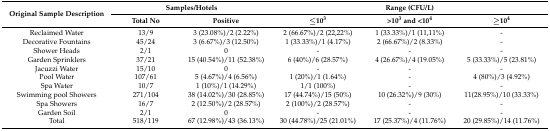
| <ROWSPAN=2> Original Sample Description | <COLSPAN=2> Samples/Hotels | <COLSPAN=3> Range (CFU/L) |
 | Total No | Positive | ≤103 | >103 and <104 | ≥104 |
 | --- | --- | --- | --- | --- | --- |
 | Reclaimed Water | 13/9 | 3 (23.08%)/2 (2.22%) | 2 (66.67%)/2 (22,22%) | 1 (33.33%)/1 (11,11%) | - |
 | Decorative Fountains | 45/24 | 3 (6.67%)/3 (12.50%) | 1 (33.33%)/1 (4.17%) | 2 (66.67%)/2 (8.33%) | - |
 | Shower Heads | 2/1 | 0 | - | - | - |
 | Garden Sprinklers | 37/21 | 15 (40.54%)/11 (52.38%) | 6 (40%)/6 (28.57%) | 4 (26.67%)/4 (19.05%) | 5 (33.33%)/5 (23.81%) |
 | Jacuzzi Water | 15/10 | 0 | - | - | - |
 | Pool Water | 107/61 | 5 (4.67%)/4 (6.56%) | 1 (20%)/1 (1.64%) | - | 4 (80%)/3 (4.92%) |
 | Spa Water | 10/7 | 1 (10%)/1 (14.29%) | 1/1 (100%) | - | - |
 | Swimming pool Showers | 271/104 | 38 (14.02%)/30 (28.85%) | 17 (44.74%)/15 (50%) | 10 (26.32%)/9 (30%) | 11(28.95%)/10 (33.33%) |
 | Spa Showers | 16/7 | 2 (12.50%)/2 (28.57%) | 2 (100%)/2 (28.57%) | - | - |
 | Garden Soil | 2/1 | 0 | - | - | - |
 | Total | 518/119 | 67 (12.98%)/43 (36.13%) | 30 (44.78%)/25 (21.01%) | 17 (25.37%)/4 (11.76%) | 20 (29.85%)/14 (11.76%) |